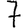
Digit: 7